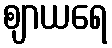
ဈာယရေ